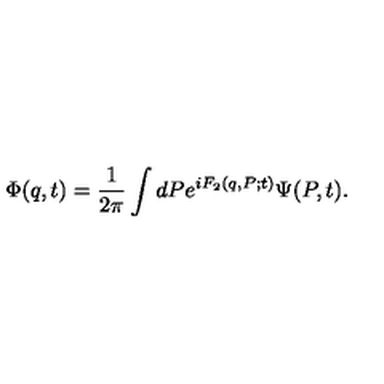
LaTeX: \Phi ( q , t ) = \frac 1 { 2 \pi } \int d P e ^ { i F _ { 2 } ( q , P ; t ) } \Psi ( P , t ) .